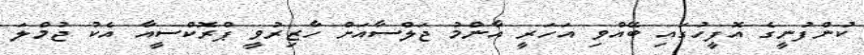
ކުންފުނީގެ އޮފީހުގައި ބޭއްވި އަހަރީ އާންމު ޖަލްސާއަށް ހާޒިރުވީ ޕްރޮކްސީއާ އެކު ޖުމްލަ